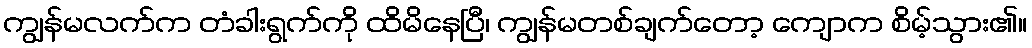
ကျွန်မလက်က တံခါးရွက်ကို ထိမိနေပြီ၊ ကျွန်မတစ်ချက်တော့ ကျောက စိမ့်သွား၏။